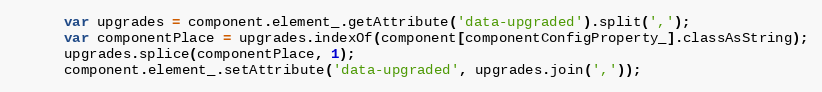
Language: JavaScript
      var upgrades = component.element_.getAttribute('data-upgraded').split(',');
      var componentPlace = upgrades.indexOf(component[componentConfigProperty_].classAsString);
      upgrades.splice(componentPlace, 1);
      component.element_.setAttribute('data-upgraded', upgrades.join(','));